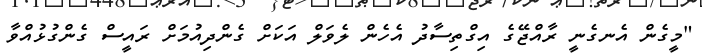
"މީގެން އެނގެނީ ރާއްޖޭގެ އިގްތިސާދު އެހެން ލެވަލް އަކަށް ގެންދިއުމަށް ރައީސް ގެންގުޅުއްވާ